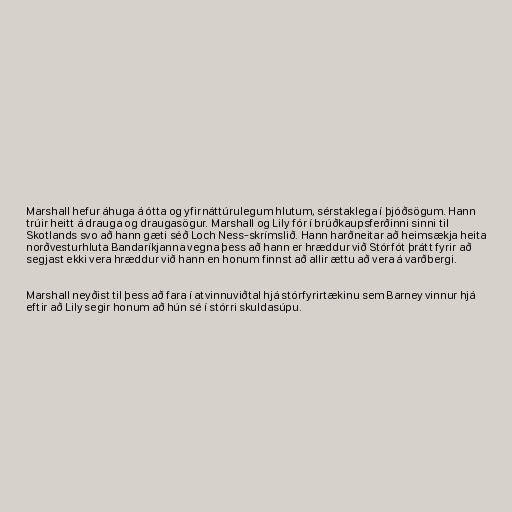
Marshall hefur áhuga á ótta og yfirnáttúrulegum hlutum, sérstaklega í þjóðsögum. Hann
trúir heitt á drauga og draugasögur. Marshall og Lily fór í brúðkaupsferðinni sinni til
Skotlands svo að hann gæti séð Loch Ness-skrímslið. Hann harðneitar að heimsækja heita
norðvesturhluta Bandaríkjanna vegna þess að hann er hræddur við Stórfót þrátt fyrir að
segjast ekki vera hræddur við hann en honum finnst að allir ættu að vera á varðbergi.

Marshall neyðist til þess að fara í atvinnuviðtal hjá stórfyrirtækinu sem Barney vinnur hjá
eftir að Lily segir honum að hún sé í stórri skuldasúpu.